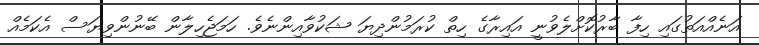
އަނެއްއަތުގައި ހިފާ ބާރުކޮށްލެވުނީ އައިރާގެ ހިތް ކުރަމުންދިޔަ ޝަކުވާއިންނެވެ. ހަމަޖެހިލާން ބޭނުންވިޔަސް އެކަމެއް